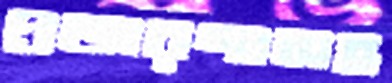
প্রতারণাসহ